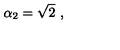
\alpha _ { 2 } = \sqrt { 2 } \ ,